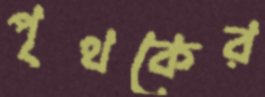
পৃথকের